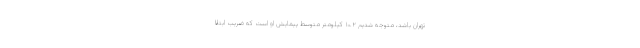
تهران باشد، متوجه شدیم ۱۰.۲ کیلومتر متوسط پیمایش او است که ضریب ابتلا